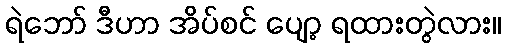
ရဲဘော် ဒီဟာ အိပ်စင် ပျော့ ရထားတွဲလား။